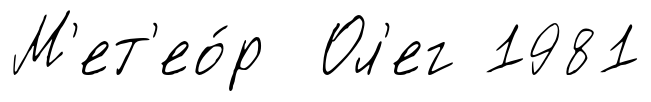
М'ет'ео́р Ол'ег 1981